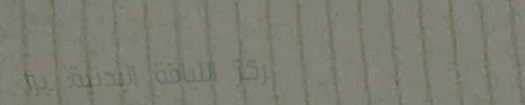
مركز اللياقة البدنية: برا